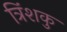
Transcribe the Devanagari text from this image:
त्रिंशकु